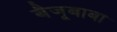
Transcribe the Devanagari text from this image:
बैजूबाबा